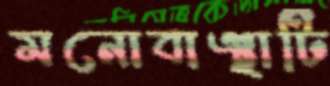
মনোবাঞ্ছাটি